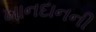
ખાનદાનની